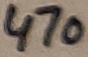
Text: 470